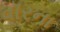
વૉરના